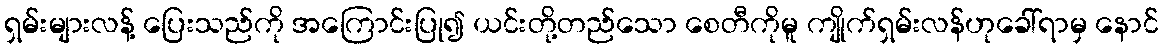
ရှမ်းများလန့် ပြေးသည်ကို အကြောင်းပြု၍ ယင်းတို့တည်သော စေတီကိုမူ ကျိုက်ရှမ်းလန်ဟုခေါ်ရာမှ နောင်